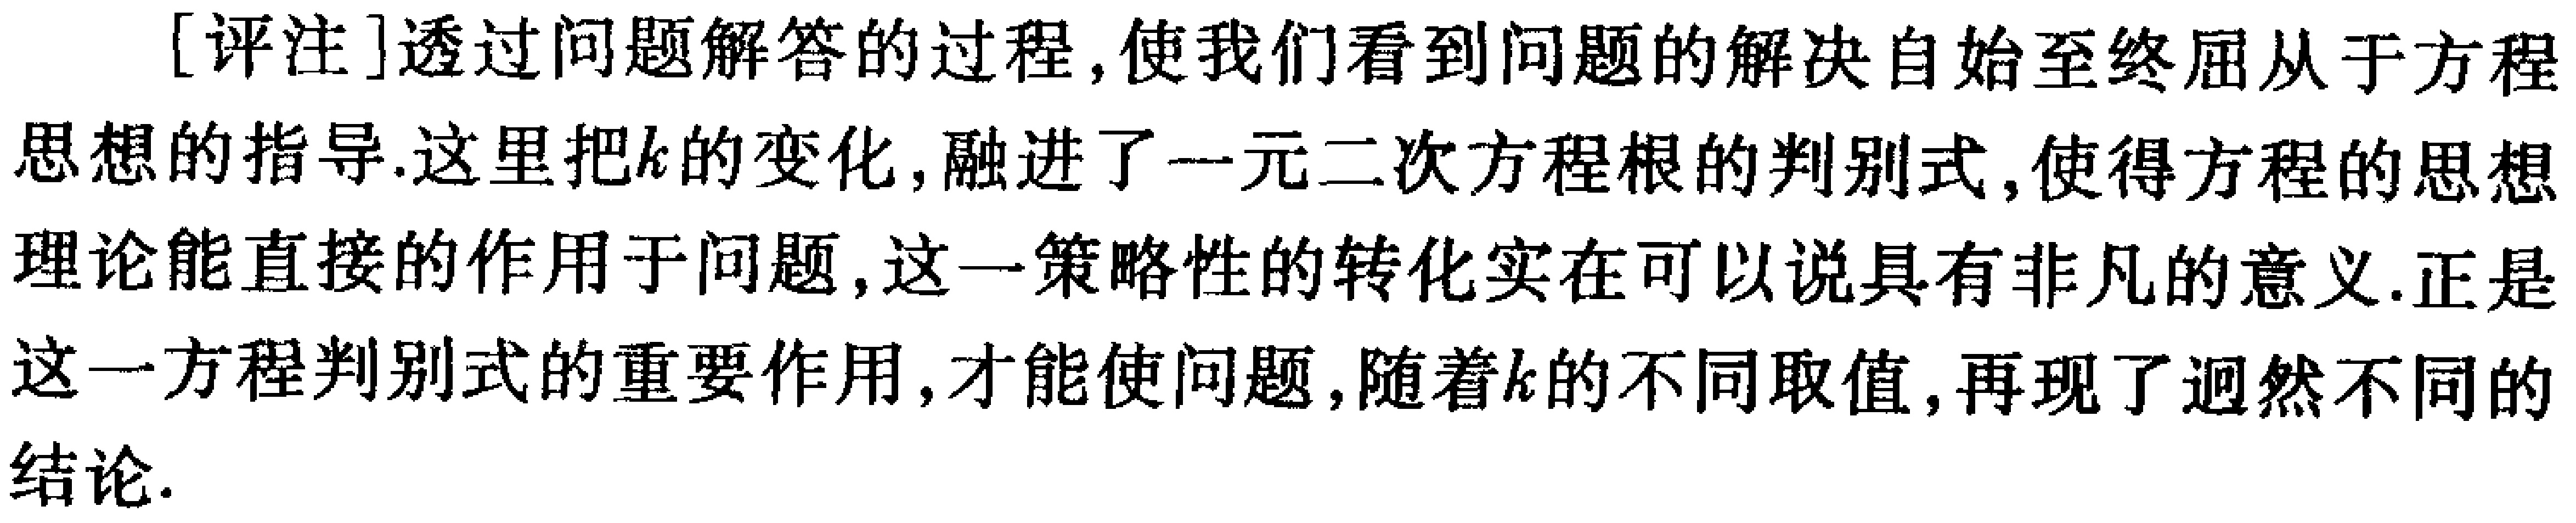
[评注]透过问题解答的过程,使我们看到问题的解决自始至终屈从于方程思想的指导.这里把\(k\)的变化,融进了一元二次方程根的判别式,使得方程的思想理论能直接的作用于问题,这一策略性的转化实在可以说具有非凡的意义.正是这一方程判别式的重要作用,才能使问题,随着\(k\)的不同取值,再现了迥然不同的结论.